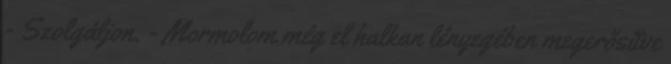
- Szolgáljon. - Mormolom még el halkan lényegében megerősítve